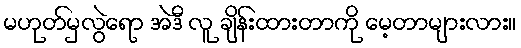
မဟုတ်မှလွဲရော အဲဒီ လူ ချိန်းထားတာကို မေ့တာများလား။